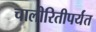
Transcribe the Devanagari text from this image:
चालीरितीपर्यंत